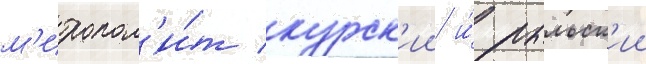
м'итропол'и́т курск'ии и́ рыльск'ии